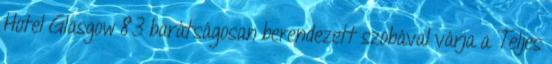
Hotel Glasgow 83 barátságosan berendezett szobával várja a Teljes